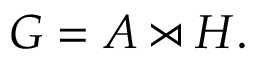
G = A \rtimes H .